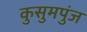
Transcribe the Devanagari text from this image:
कुसुमपुंज